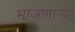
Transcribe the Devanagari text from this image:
भाजणाऱ्या